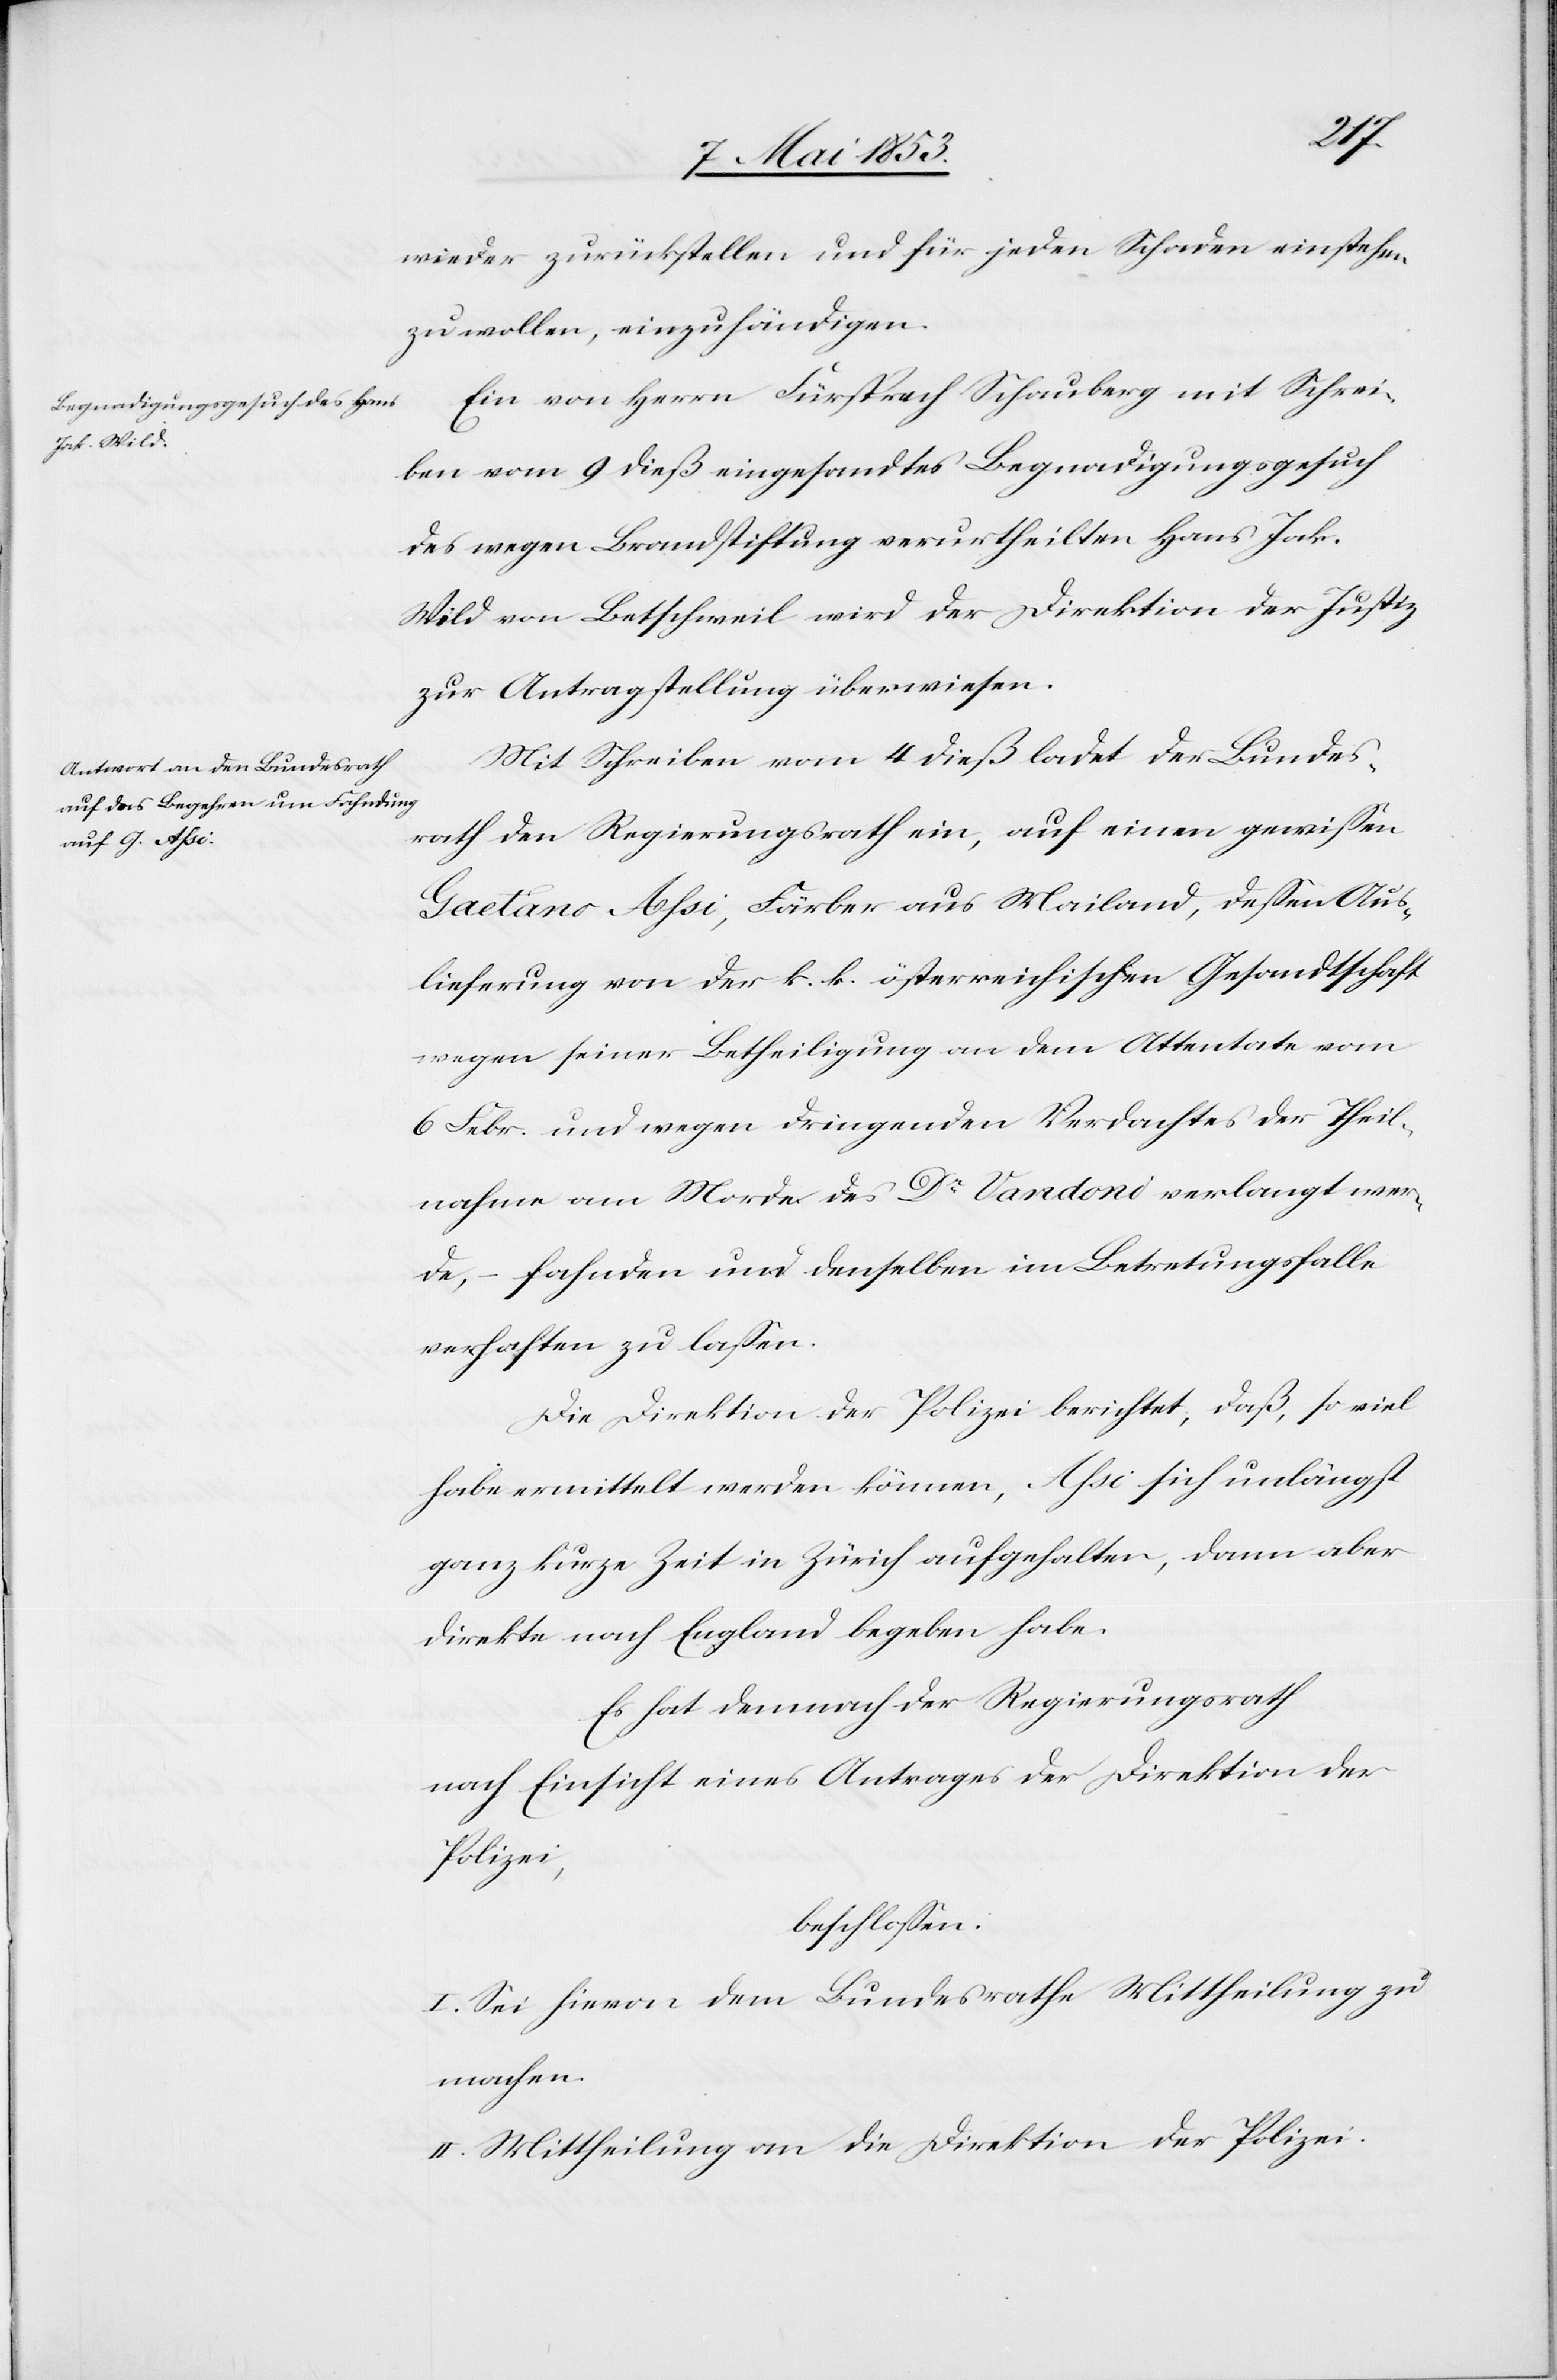
der
10 Mai 1853.]
wieder zurückstellen und für jeden Schaden einstehen
zu wollen, einzuhändigen.
Ein von Herrn Fürsprech Schauberg mit Schrei¬
ben vom 9 dieß eingesandtes Begnadigungsgesuch
des wegen Brandstiftung verurtheilten Hans Jak.
Wild von Bettschweil wird der Direktion der Justiz
zur Antragstellung überwiesen.
Mit Schreiben vom 4 dieß ladet der Bundes¬
rath den Regierungsrath ein, auf einen gewißen
Gaetano Assi, Färber aus Mailand, deßen Aus¬
lieferung von der k. k. österreichischen Gesandtschaft
wegen seiner Betheiligung an dem Attentate vom
6 Febr. und wegen dringenden Verdachtes der Theil¬
nahme am Morde des Dr. Vardoni verlangt wer¬
de, – fahnden und denselben im Betretungsfalle
verhaften zu laßen.
Die Direktion der Polizei berichtet, daß, so viel
habe ermittelt werden können, Assi sich unlängst
ganz kurze Zeit in Zürich aufgehalten, dann aber
direkte nach England begeben habe.
nach Einsicht eines Antrages der Direktion der
Polizei,
beschloßen:
I. Sei hievon dem Bundesrathe Mittheilung zu
machen.
II. Mittheilung an die Direktion der Polizei.